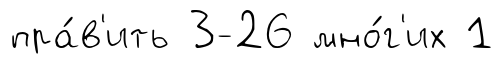
пра́в'ить 3-26 мно́г'их 1